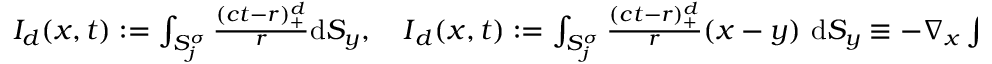
\begin{array} { r } { I _ { d } ( \boldsymbol { x } , t ) : = \int _ { S _ { j } ^ { \sigma } } \frac { ( c t - r ) _ { + } ^ { d } } { r } \mathrm { d } S _ { y } , \quad \boldsymbol { I } _ { d } ( \boldsymbol { x } , t ) : = \int _ { S _ { j } ^ { \sigma } } \frac { ( c t - r ) _ { + } ^ { d } } { r } ( \boldsymbol { x } - \boldsymbol { y } ) \ \mathrm { d } S _ { y } \equiv - \nabla _ { x } \int _ { S _ { j } ^ { \sigma } } \frac { ( c t - r ) _ { + } ^ { d + 1 } } { d + 1 } \mathrm { d } S _ { y } . } \end{array}